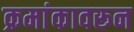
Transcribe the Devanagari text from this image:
क्रमांकावरून